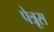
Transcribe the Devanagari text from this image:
पेत्रूस